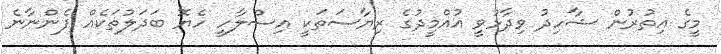
މީގެ އިތުރުން ޝާހިދު ވިދާޅުވީ އުއްމީދުގެ ރިޔާސަތަކީ އިސްލާހީ ހެޔޮ ބަދަލުތަކެއް ފެންނާނެ